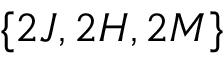
\{ 2 J , 2 H , 2 M \}